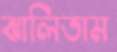
ঝালিতাম